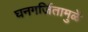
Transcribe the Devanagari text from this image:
घनगर्जितामुळें